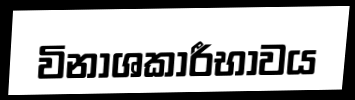
විනාශකාරීභාවය